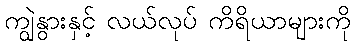
ကျွဲနွားနှင့် လယ်လုပ် ကိရိယာများကို